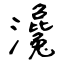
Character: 瀺